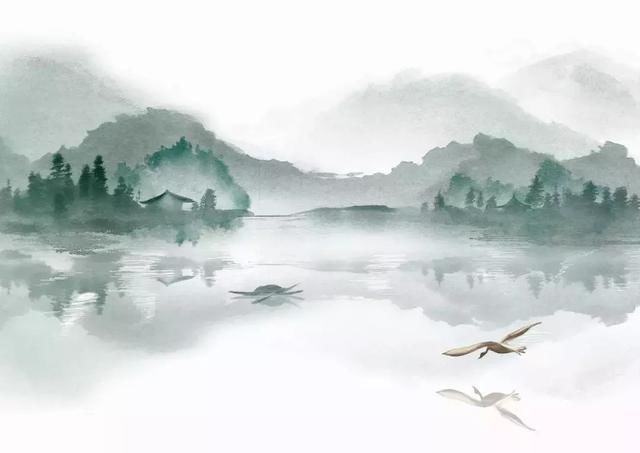
夜闻归雁生乡思，病入新年感物华。